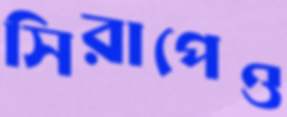
সিরাপেও